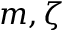
m , \zeta